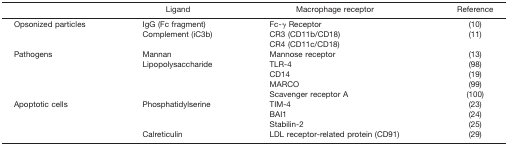
<table><thead><tr><td></td><td><b>Ligand</b></td><td><b>Macrophage receptor</b></td><td><b>Reference</b></td></tr></thead><tbody><tr><td rowspan="3">Opsonized particles</td><td>IgG (Fc fragment)</td><td>Fc-γ Receptor</td><td>(10)</td></tr><tr><td rowspan="2">Complement (iC3b)</td><td>CR3 (CD11b/CD18)</td><td>(11)</td></tr><tr><td>CR4 (CD11c/CD18)</td><td></td></tr><tr><td rowspan="5">Pathogens</td><td>Mannan</td><td>Mannose receptor</td><td>(13)</td></tr><tr><td rowspan="4">Lipopolysaccharide</td><td>TLR-4</td><td>(98)</td></tr><tr><td>CD14</td><td>(19)</td></tr><tr><td>MARCO</td><td>(99)</td></tr><tr><td>Scavenger receptor A</td><td>(100)</td></tr><tr><td rowspan="4">Apoptotic cells</td><td rowspan="3">Phosphatidylserine</td><td>TIM-4</td><td>(23)</td></tr><tr><td>BAI1</td><td>(24)</td></tr><tr><td>Stabilin-2</td><td>(25)</td></tr><tr><td>Calreticulin</td><td>LDL receptor-related protein (CD91)</td><td>(29)</td></tr></tbody></table>